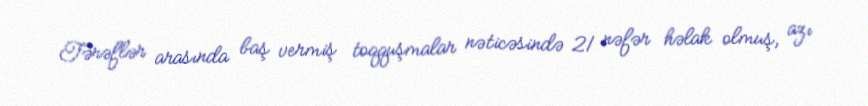
Tərəflər arasında baş vermiş toqquşmalar nəticəsində 21 nəfər həlak olmuş, azı